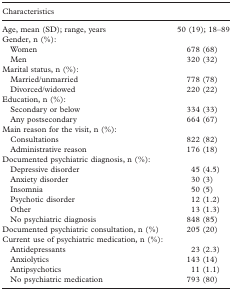
<table><thead><tr><td><b>Characteristics</b></td><td></td></tr></thead><tbody><tr><td>Age, mean (SD); range, years</td><td>50 (19); 18–89</td></tr><tr><td>Gender, n (%):</td><td></td></tr><tr><td>Women</td><td>678 (68)</td></tr><tr><td>Men</td><td>320 (32)</td></tr><tr><td>Marital status, n (%):</td><td></td></tr><tr><td>Married/unmarried</td><td>778 (78)</td></tr><tr><td>Divorced/widowed</td><td>220 (22)</td></tr><tr><td>Education, n (%):</td><td></td></tr><tr><td>Secondary or below</td><td>334 (33)</td></tr><tr><td>Any postsecondary</td><td>664 (67)</td></tr><tr><td>Main reason for the visit, n (%):</td><td></td></tr><tr><td>Consultations</td><td>822 (82)</td></tr><tr><td>Administrative reason</td><td>176 (18)</td></tr><tr><td>Documented psychiatric diagnosis, n (%):</td><td></td></tr><tr><td>Depressive disorder</td><td>45 (4.5)</td></tr><tr><td>Anxiety disorder</td><td>30 (3)</td></tr><tr><td>Insomnia</td><td>50 (5)</td></tr><tr><td>Psychotic disorder</td><td>12 (1.2)</td></tr><tr><td>Other</td><td>13 (1.3)</td></tr><tr><td>No psychiatric diagnosis</td><td>848 (85)</td></tr><tr><td>Documented psychiatric consultation, n (%)</td><td>205 (20)</td></tr><tr><td>Current use of psychiatric medication, n (%):</td><td></td></tr><tr><td>Antidepressants</td><td>23 (2.3)</td></tr><tr><td>Anxiolytics</td><td>143 (14)</td></tr><tr><td>Antipsychotics</td><td>11 (1.1)</td></tr><tr><td>No psychiatric medication</td><td>793 (80)</td></tr></tbody></table>